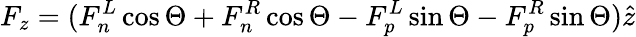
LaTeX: F_{z}=(F_{n}^{L}\cos\Theta+F_{n}^{R}\cos\Theta-F_{p}^{L}\sin\Theta-F_{p}^{R}\sin\Theta)\hat{z}